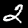
Label: 2